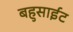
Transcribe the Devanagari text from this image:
बहुसाईट